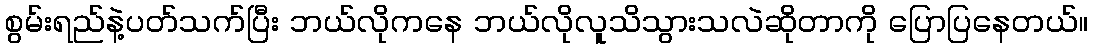
စွမ်းရည်နဲ့ပတ်သက်ပြီး ဘယ်လိုကနေ ဘယ်လိုလူသိသွားသလဲဆိုတာကို ပြောပြနေတယ်။